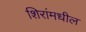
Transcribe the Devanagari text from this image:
शिरांमधील